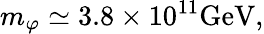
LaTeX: m_{\varphi}\simeq 3.8\times 10^{11}\mathrm{GeV},